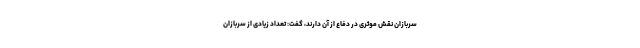
سربازان نقش موثری در دفاع از آن دارند، گفت: تعداد زیادی از سربازان